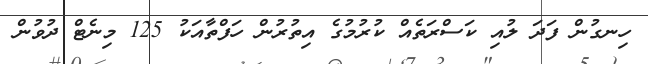
ހިނގުން ފަދަ ލުއި ކަސްރަތެއް ކުރުމުގެ އިތުރުން ހަފްތާއަކު 125 މިނެޓް ދުވުން